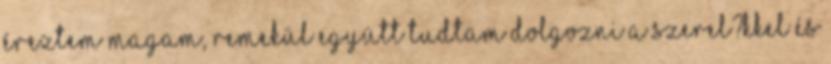
éreztem magam, remekül együtt tudtam dolgozni a szerel?kkel és